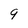
Character: 9